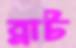
ব্রাট